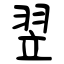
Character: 翌